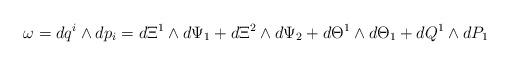
LaTeX: \begin{align*}\omega=dq^{i}\wedge dp_{i}=d\Xi^{1}\wedge d\Psi_{1}+d\Xi^{2}\wedge d\Psi_{2}+d\Theta^{1}\wedge d\Theta_{1}+dQ^{1}\wedge dP_{1}\end{align*}